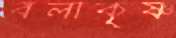
বলাকৃষ্ণ